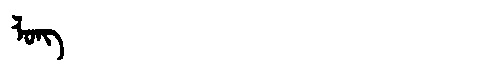
Manchu: ᠯᠣᠩ
Romanization: LONG